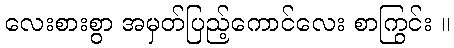
လေးစားစွာ အမှတ်ပြည့်ကောင်လေး စာကြွင်း ။